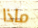
ماذا